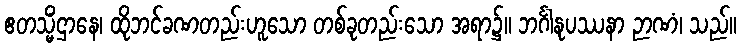
ဧတသ္မိံဌာနေ၊ ထိုဘင်ခဏတည်းဟူသော တစ်ခုတည်းသော အရာ၌။ ဘင်္ဂါနုပဿနာ ဉာဏံ၊ သည်။